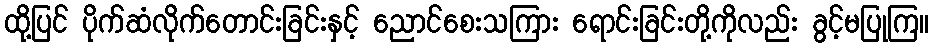
ထို့ပြင် ပိုက်ဆံလိုက်တောင်းခြင်းနှင့် ညောင်စေးသကြား ရောင်းခြင်းတို့ကိုလည်း ခွင့်မပြုကြ။